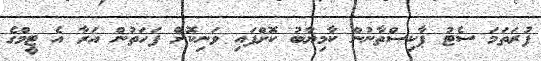
ފުރަތަމަ ސެޓު ޕާކިސްތާނުން ކާމިޔާބު ކޮށްފައި ވަނިކޮށް ފަހަތުން އަރާ އެ ޓީމްގެ